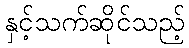
နှင့်သက်ဆိုင်သည့်